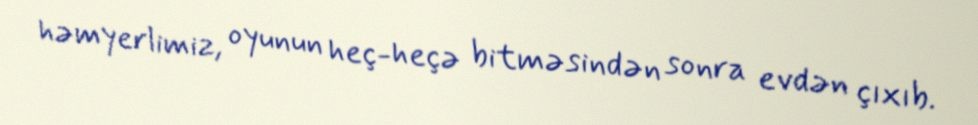
həmyerlimiz, oyunun heç-heçə bitməsindən sonra evdən çıxıb.